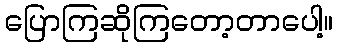
ပြောကြဆိုကြတော့တာပေါ့။